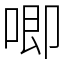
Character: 唧